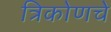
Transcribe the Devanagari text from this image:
त्रिकोणचे